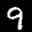
Label: 9